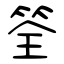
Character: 筌